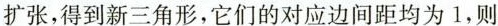
扩张，得到新三角形，它们的对应边间距均为1，则